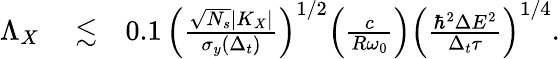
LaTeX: \begin{array}{rlr}{\Lambda_{X}}&{{}\lesssim}&{0.1\, {\left(\frac{\sqrt{N_{s}}|K_{X}|}{\sigma_{y}(\Delta_{t})}\right)}^{1/2}{\left(\frac{c}{R\omega_{0}}\right)}{\left(\frac{\hbar^{2}\Delta E^{2}}{\Delta_{t}\tau}\right)}^{1/4}.}\end{array}